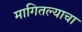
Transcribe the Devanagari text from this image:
मागितल्याचा